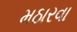
મઠારવા